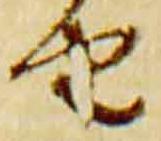
由